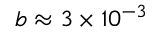
b \approx 3 \times 1 0 ^ { - 3 }